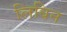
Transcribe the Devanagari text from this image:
लिबिन